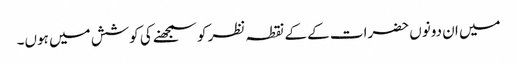
میں ان دونوں حضرات کے کے نقطہ نظر کو سمجھنے کی کوشش میں ہوں۔